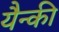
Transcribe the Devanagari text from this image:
यैन्की